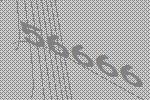
56666